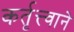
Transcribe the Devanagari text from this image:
कर्तृत्त्वाने